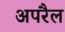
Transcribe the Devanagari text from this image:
अपरैल